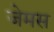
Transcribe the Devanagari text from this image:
जेमस